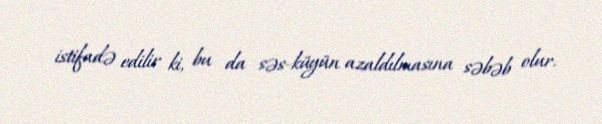
istifadə edilir ki, bu da səs-küyün azaldılmasına səbəb olur.